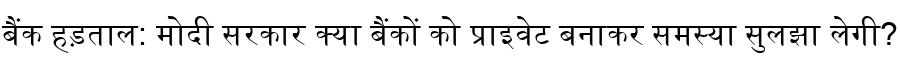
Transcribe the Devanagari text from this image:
बैंक हड़ताल: मोदी सरकार क्या बैंकों को प्राइवेट बनाकर समस्या सुलझा लेगी?